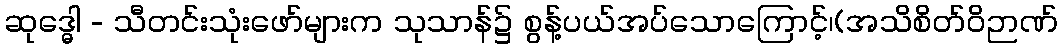
ဆုဒ္ဓေါ - သီတင်းသုံးဖော်များက သုသာန်၌ စွန့်ပယ်အပ်သောကြောင့်၊(အသိစိတ်ဝိဉာဏ်